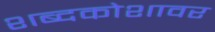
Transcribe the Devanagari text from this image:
शब्दकोशावर